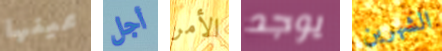
عينها أجل الأمر يوجد الشهرين